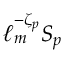
\ell _ { m } ^ { - \zeta _ { p } } S _ { p }